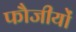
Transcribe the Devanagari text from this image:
फौजीयों